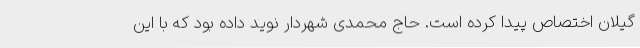
گیلان اختصاص پیدا کرده است. حاج محمدی شهردار نوید داده بود که با این